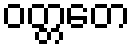
ဝတ္တတေ